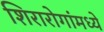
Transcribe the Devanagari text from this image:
शिरारोगांमध्ये